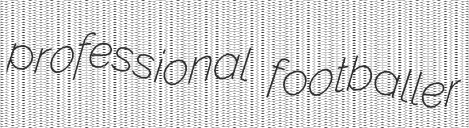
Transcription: professional footballer